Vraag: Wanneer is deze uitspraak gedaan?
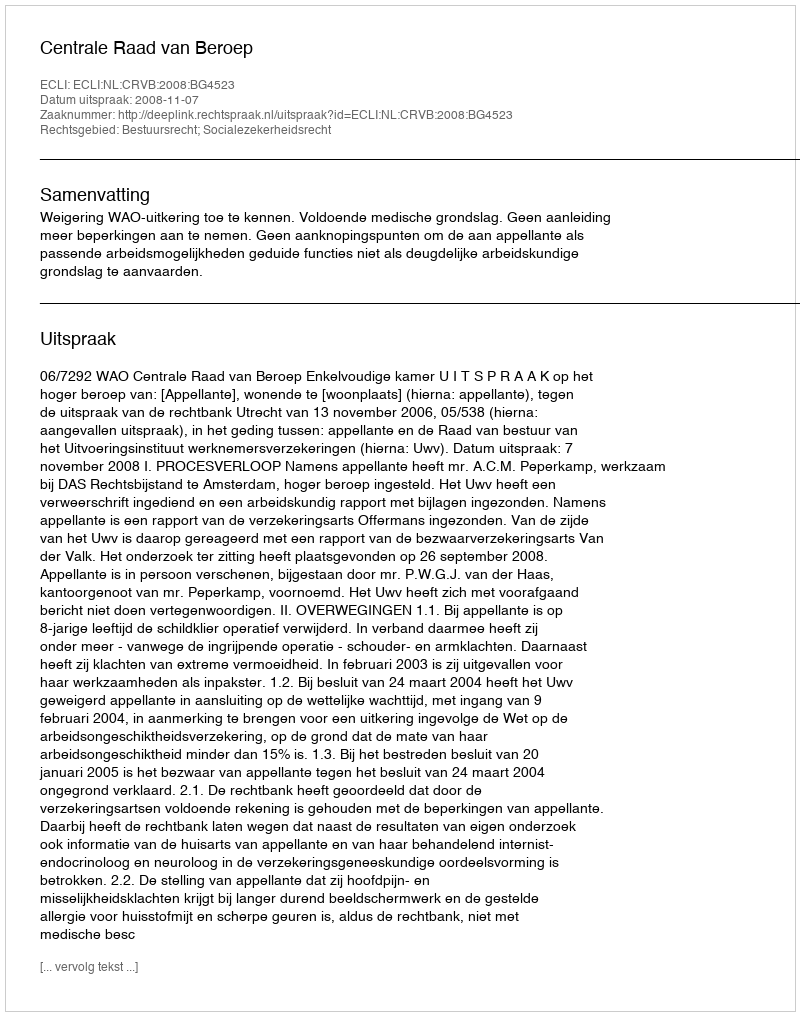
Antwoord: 2008-11-07